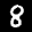
Label: 8